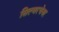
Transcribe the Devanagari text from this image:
सिल्वरचेयर